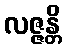
လဇ္ဇန္တိ